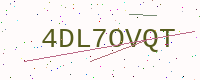
Text: 4DL7OVQT